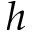
\boldsymbol { h }